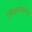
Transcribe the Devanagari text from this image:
स्त्रियांसोबतच्या